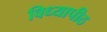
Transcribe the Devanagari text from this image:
विध्यापीठ